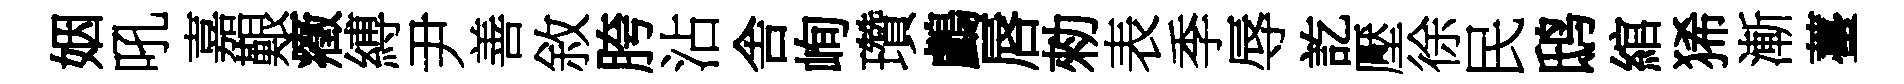
姻吼嘉艱癥縛尹善敘胯沾舎峋瓚鸕唇勑表季辱訖壓徐民鸱綰狶漸薹